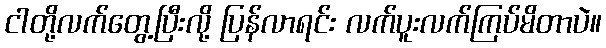
ငါတို့လက်တွေ့ပြီးလို့ ပြန်လာရင်း လက်ပူးလက်ကြပ်မိတာပဲ။